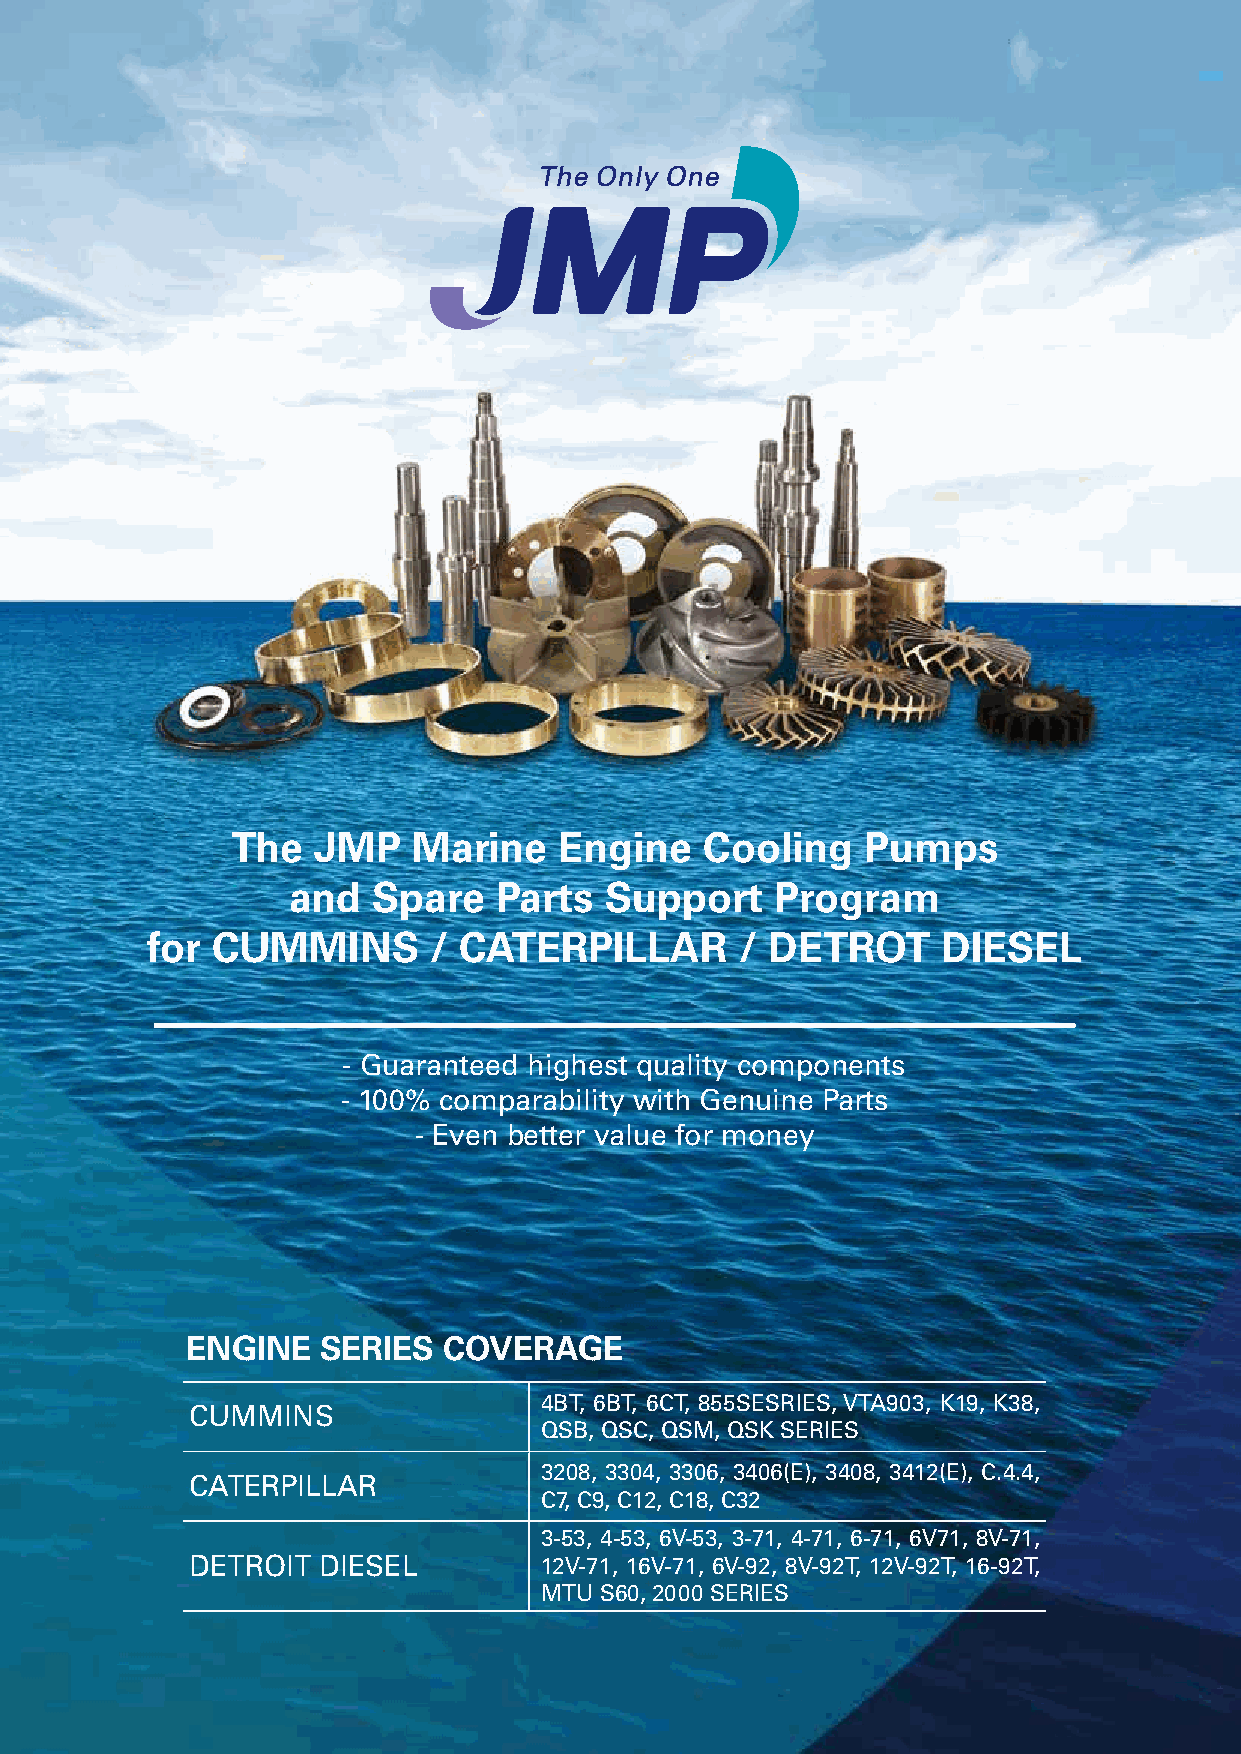
The   JMP   Marine    Engine    Cooling   Pumps
 and   Spare   Parts  Support    Program
 for CUMMINS       / CATERPILLAR        / DETROT     DIESEL
 - Guaranteed highest quality components
 - 100% comparability with Genuine Parts
 - Even better value for money
 ENGINE   SERIES  COVERAGE
 4BT, 6BT, 6CT, 855SESRIES, VTA903, K19, K38,
 CUMMINS
 QSB, QSC, QSM, QSK SERIES
 3208, 3304, 3306, 3406(E), 3408, 3412(E), C.4.4,
 CATERPILLAR
 C7, C9, C12, C18, C32
 3-53, 4-53, 6V-53, 3-71, 4-71, 6-71, 6V71, 8V-71,
 DETROIT DIESEL         12V-71, 16V-71, 6V-92, 8V-92T, 12V-92T, 16-92T,
 MTU S60, 2000 SERIES